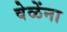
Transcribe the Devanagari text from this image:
वेळेंना